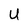
Character: U